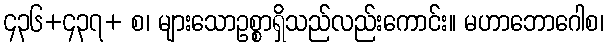
၄၃၆+၄၃၇+ စ၊ များသောဥစ္စာရှိသည်လည်းကောင်း။ မဟာဘောဂေါစ၊